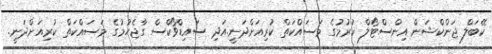
ކޭބަލް ޖަންކްޝަން އިންސްޓޯލް ކުރުމުގެ މަސައްކަތް ކުރިއަށްދަނީ.އަދި ސައިޑްވޯކްސް ގާޖެހުމުގެ މަސައްކަތް ކުރިއަށްދަނީ.